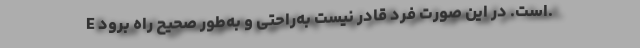
E است. در این صورت فرد قادر نیست به‌راحتی و به‌طور صحیح راه برود.